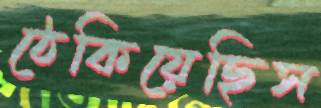
ঠেকিয়েছিস